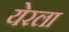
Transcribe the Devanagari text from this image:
येरला